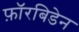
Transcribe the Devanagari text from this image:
फ़ॉरबिडेन